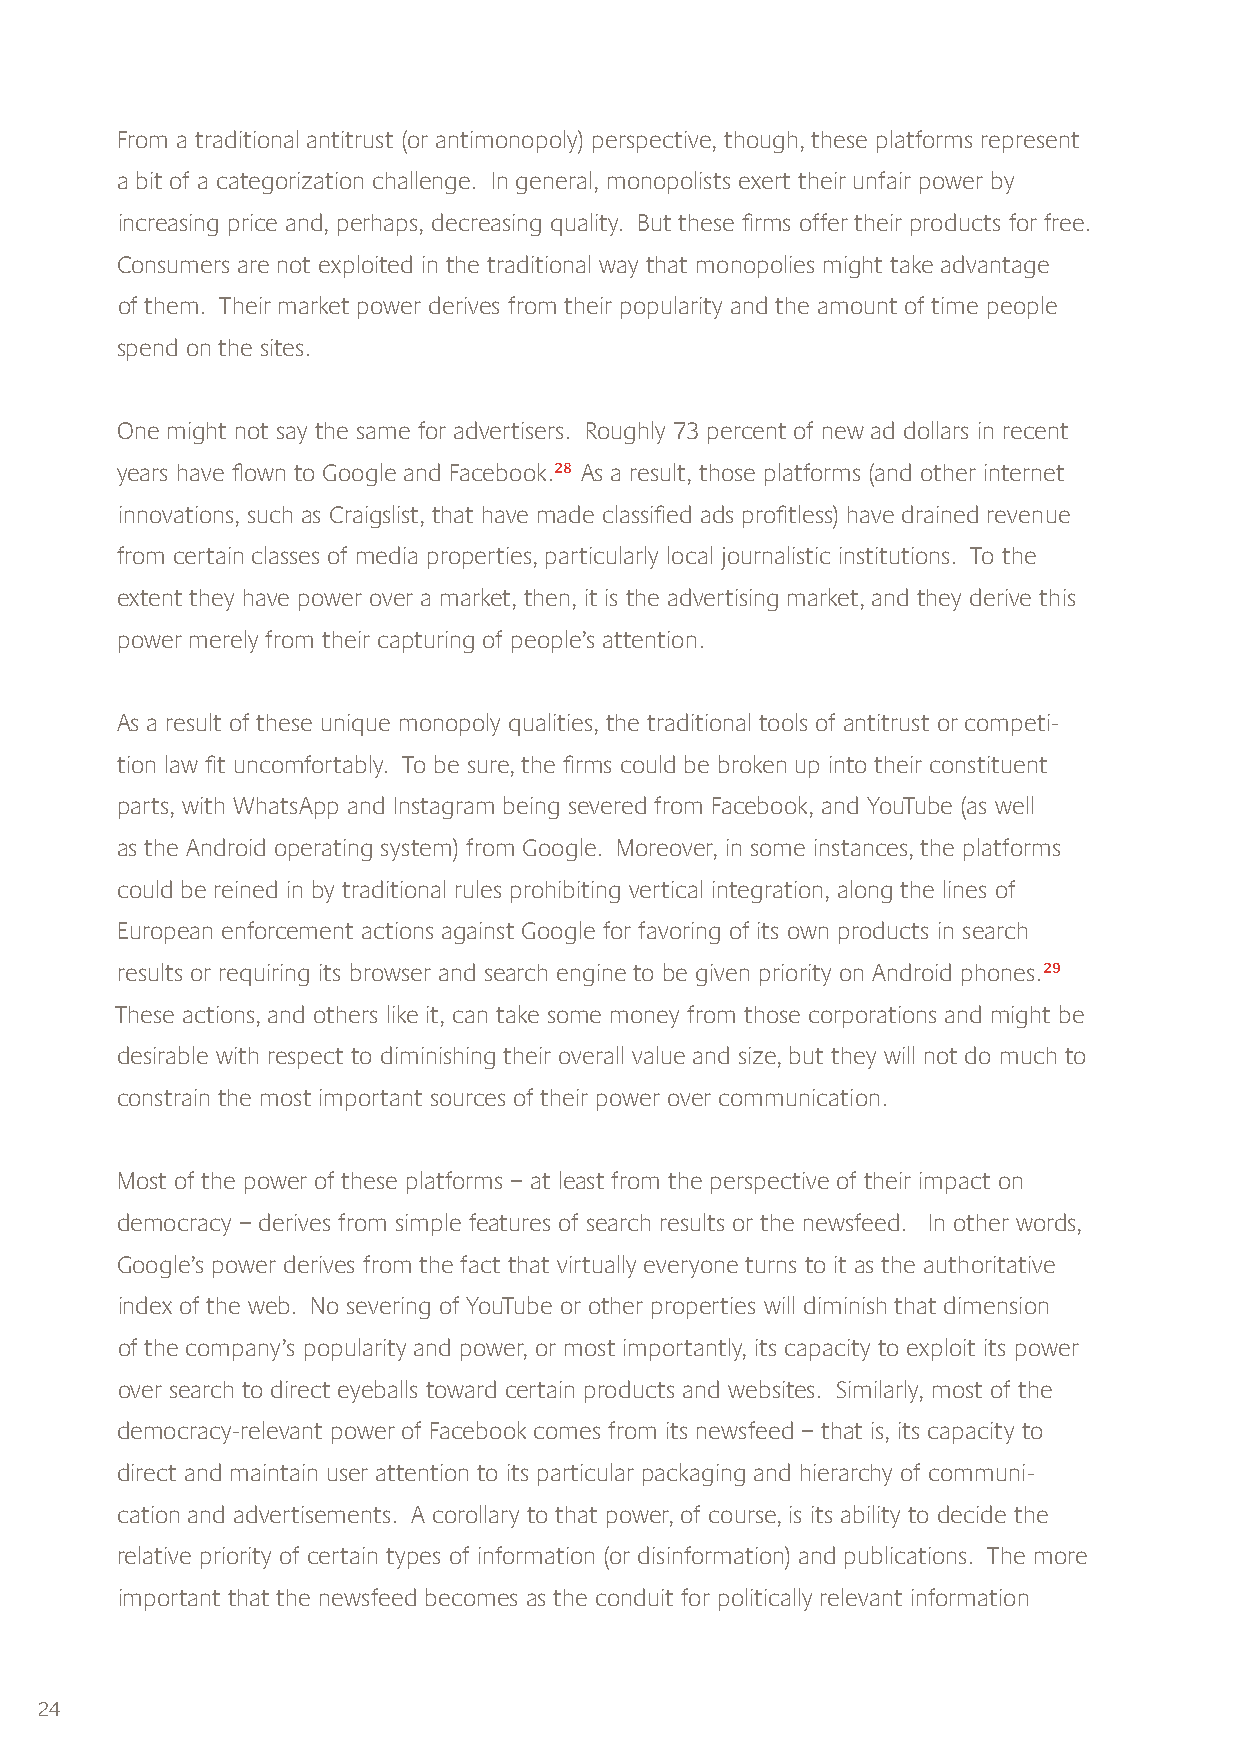
From a traditional antitrust (or antimonopoly) perspective, though, these platforms represent
 a bit of a categorization challenge. In general, monopolists exert their unfair power by
 increasing price and, perhaps, decreasing quality. But these firms offer their products for free.
 Consumers are not exploited in the traditional way that monopolies might take advantage
 of them. Their market power derives from their popularity and the amount of time people
 spend on the sites.
 One might not say the same for advertisers. Roughly 73 percent of new ad dollars in recent
 years have flown to Google and Facebook.28 As a result, those platforms (and other internet
 innovations, such as Craigslist, that have made classified ads profitless) have drained revenue
 from certain classes of media properties, particularly local journalistic institutions. To the
 extent they have power over a market, then, it is the advertising market, and they derive this
 power merely from their capturing of people’s attention.
 As a result of these unique monopoly qualities, the traditional tools of antitrust or competi-
 tion law fit uncomfortably. To be sure, the firms could be broken up into their constituent
 parts, with WhatsApp and Instagram being severed from Facebook, and YouTube (as well
 as the Android operating system) from Google. Moreover, in some instances, the platforms
 could be reined in by traditional rules prohibiting vertical integration, along the lines of
 European enforcement actions against Google for favoring of its own products in search
 results or requiring its browser and search engine to be given priority on Android phones.29
 These actions, and others like it, can take some money from those corporations and might be
 desirable with respect to diminishing their overall value and size, but they will not do much to
 constrain the most important sources of their power over communication.
 Most of the power of these platforms – at least from the perspective of their impact on
 democracy – derives from simple features of search results or the newsfeed. In other words,
 Google’s power derives from the fact that virtually everyone turns to it as the authoritative
 index of the web. No severing of YouTube or other properties will diminish that dimension
 of the company’s popularity and power, or most importantly, its capacity to exploit its power
 over search to direct eyeballs toward certain products and websites. Similarly, most of the
 democracy-relevant power of Facebook comes from its newsfeed – that is, its capacity to
 direct and maintain user attention to its particular packaging and hierarchy of communi-
 cation and advertisements. A corollary to that power, of course, is its ability to decide the
 relative priority of certain types of information (or disinformation) and publications. The more
 important that the newsfeed becomes as the conduit for politically relevant information
 24